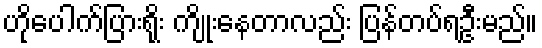
ဟိုပေါက်ပြားရိုး ကျိုးနေတာလည်း ပြန်တပ်ရဦးမည်။